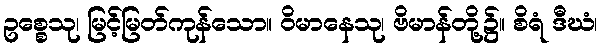
ဥစ္စေသု၊ မြင့်မြတ်ကုန်သော။ ဝိမာနေသု၊ ဗိမာန်တို့၌။ စိရံ ဒီဃံ၊